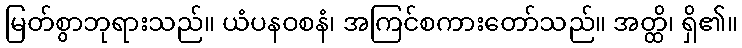
မြတ်စွာဘုရားသည်။ ယံပနဝစနံ၊ အကြင်စကားတော်သည်။ အတ္ထိ၊ ရှိ၏။